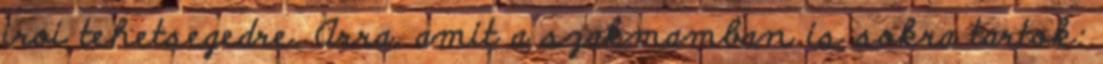
iroi tehetsegedre. Arra, amit a szakmamban is sokra tartok: